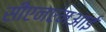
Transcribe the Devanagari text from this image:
सीएनएमआई